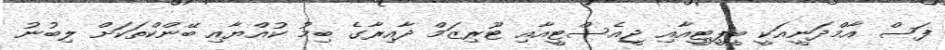
ފަސް އާމްދަނީއަކީ ބީޕީޓީއާއި ޖީއެސްޓީއާއި ޓޫރިޒަމް ދާއިރާގެ ބިމު ކުއްޔާއި ބޭންކްތަކަށް ލިބުނު